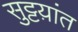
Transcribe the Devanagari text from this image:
सुट्टय़ांत